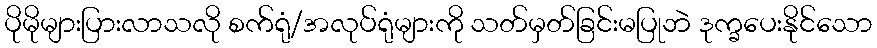
ပိုမိုများပြားလာသလို စက်ရုံ/အလုပ်ရုံများကို သတ်မှတ်ခြင်းမပြုဘဲ ဒုက္ခပေးနိုင်သော